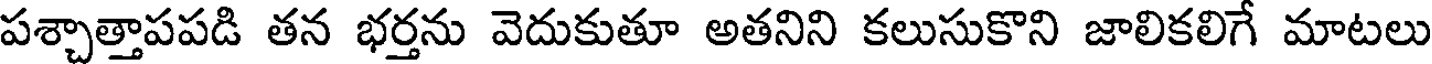
పశ్చాత్తాపపడి తన భర్తను వెదుకుతూ అతనిని కలుసుకొని జాలికలిగే మాటలు